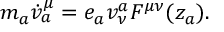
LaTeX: m _ { a } { \dot { v } } _ { a } ^ { \mu } = e _ { a } { v } _ { \nu } ^ { a } F ^ { \mu \nu } ( z _ { a } ) .